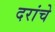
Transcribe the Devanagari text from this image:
दरांचे